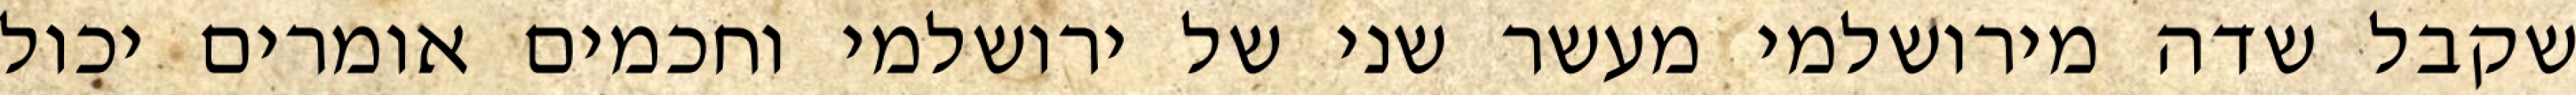
שקבל שדה מירושלמי מעשר שני של ירושלמי וחכמים אומרים יכול